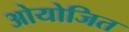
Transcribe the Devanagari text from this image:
ओयोजित